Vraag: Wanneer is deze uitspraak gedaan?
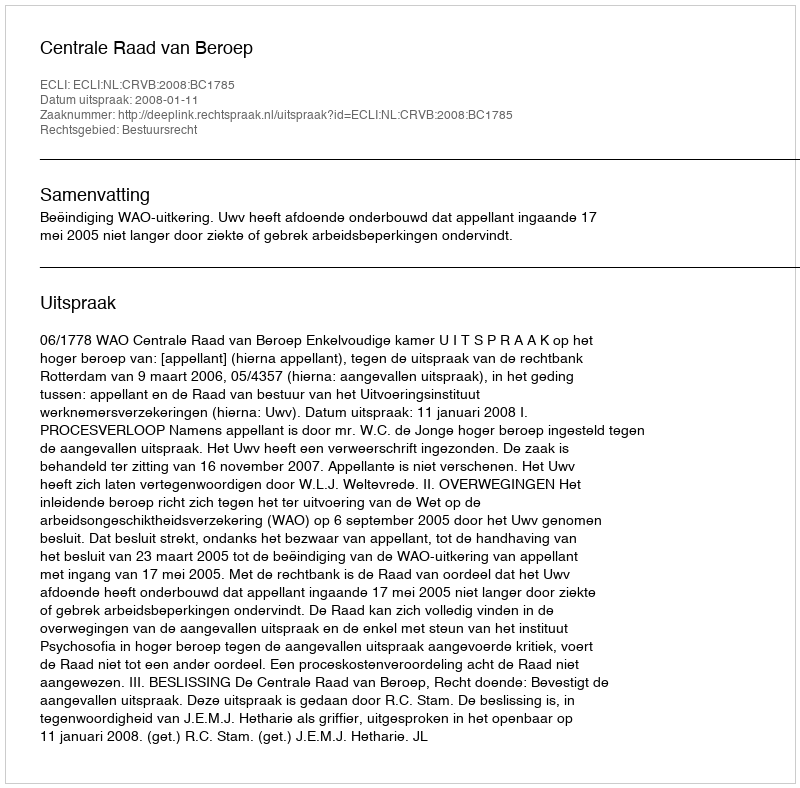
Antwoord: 2008-01-11